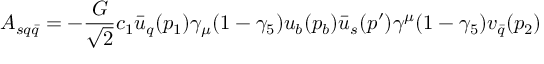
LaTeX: A _ { s q \bar { q } } = - \frac { G } { \sqrt { 2 } } c _ { 1 } \bar { u } _ { q } ( p _ { 1 } ) \gamma _ { \mu } ( 1 - \gamma _ { 5 } ) u _ { b } ( p _ { b } ) \bar { u } _ { s } ( p ^ { \prime } ) \gamma ^ { \mu } ( 1 - \gamma _ { 5 } ) v _ { \bar { q } } ( p _ { 2 } )